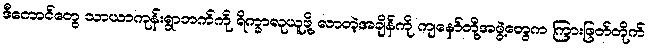
ဒီကောင်တွေ သာယာကုန်းရွာဘက်ကို ရိက္ခာလုယူဖို့ လာတဲ့အချိန်ကို ကျနော်တို့အဖွဲ့တွေက ကြားဖြတ်တိုက်